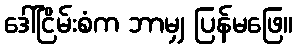
ဒေါ်ငြိမ်းစံက ဘာမျှ ပြန်မဖြေ။